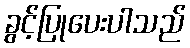
ခွင့်ပြုပေးပါသည်